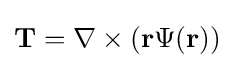
\mathbf {T} =\nabla \times (\mathbf {r} \Psi (\mathbf {r} ))